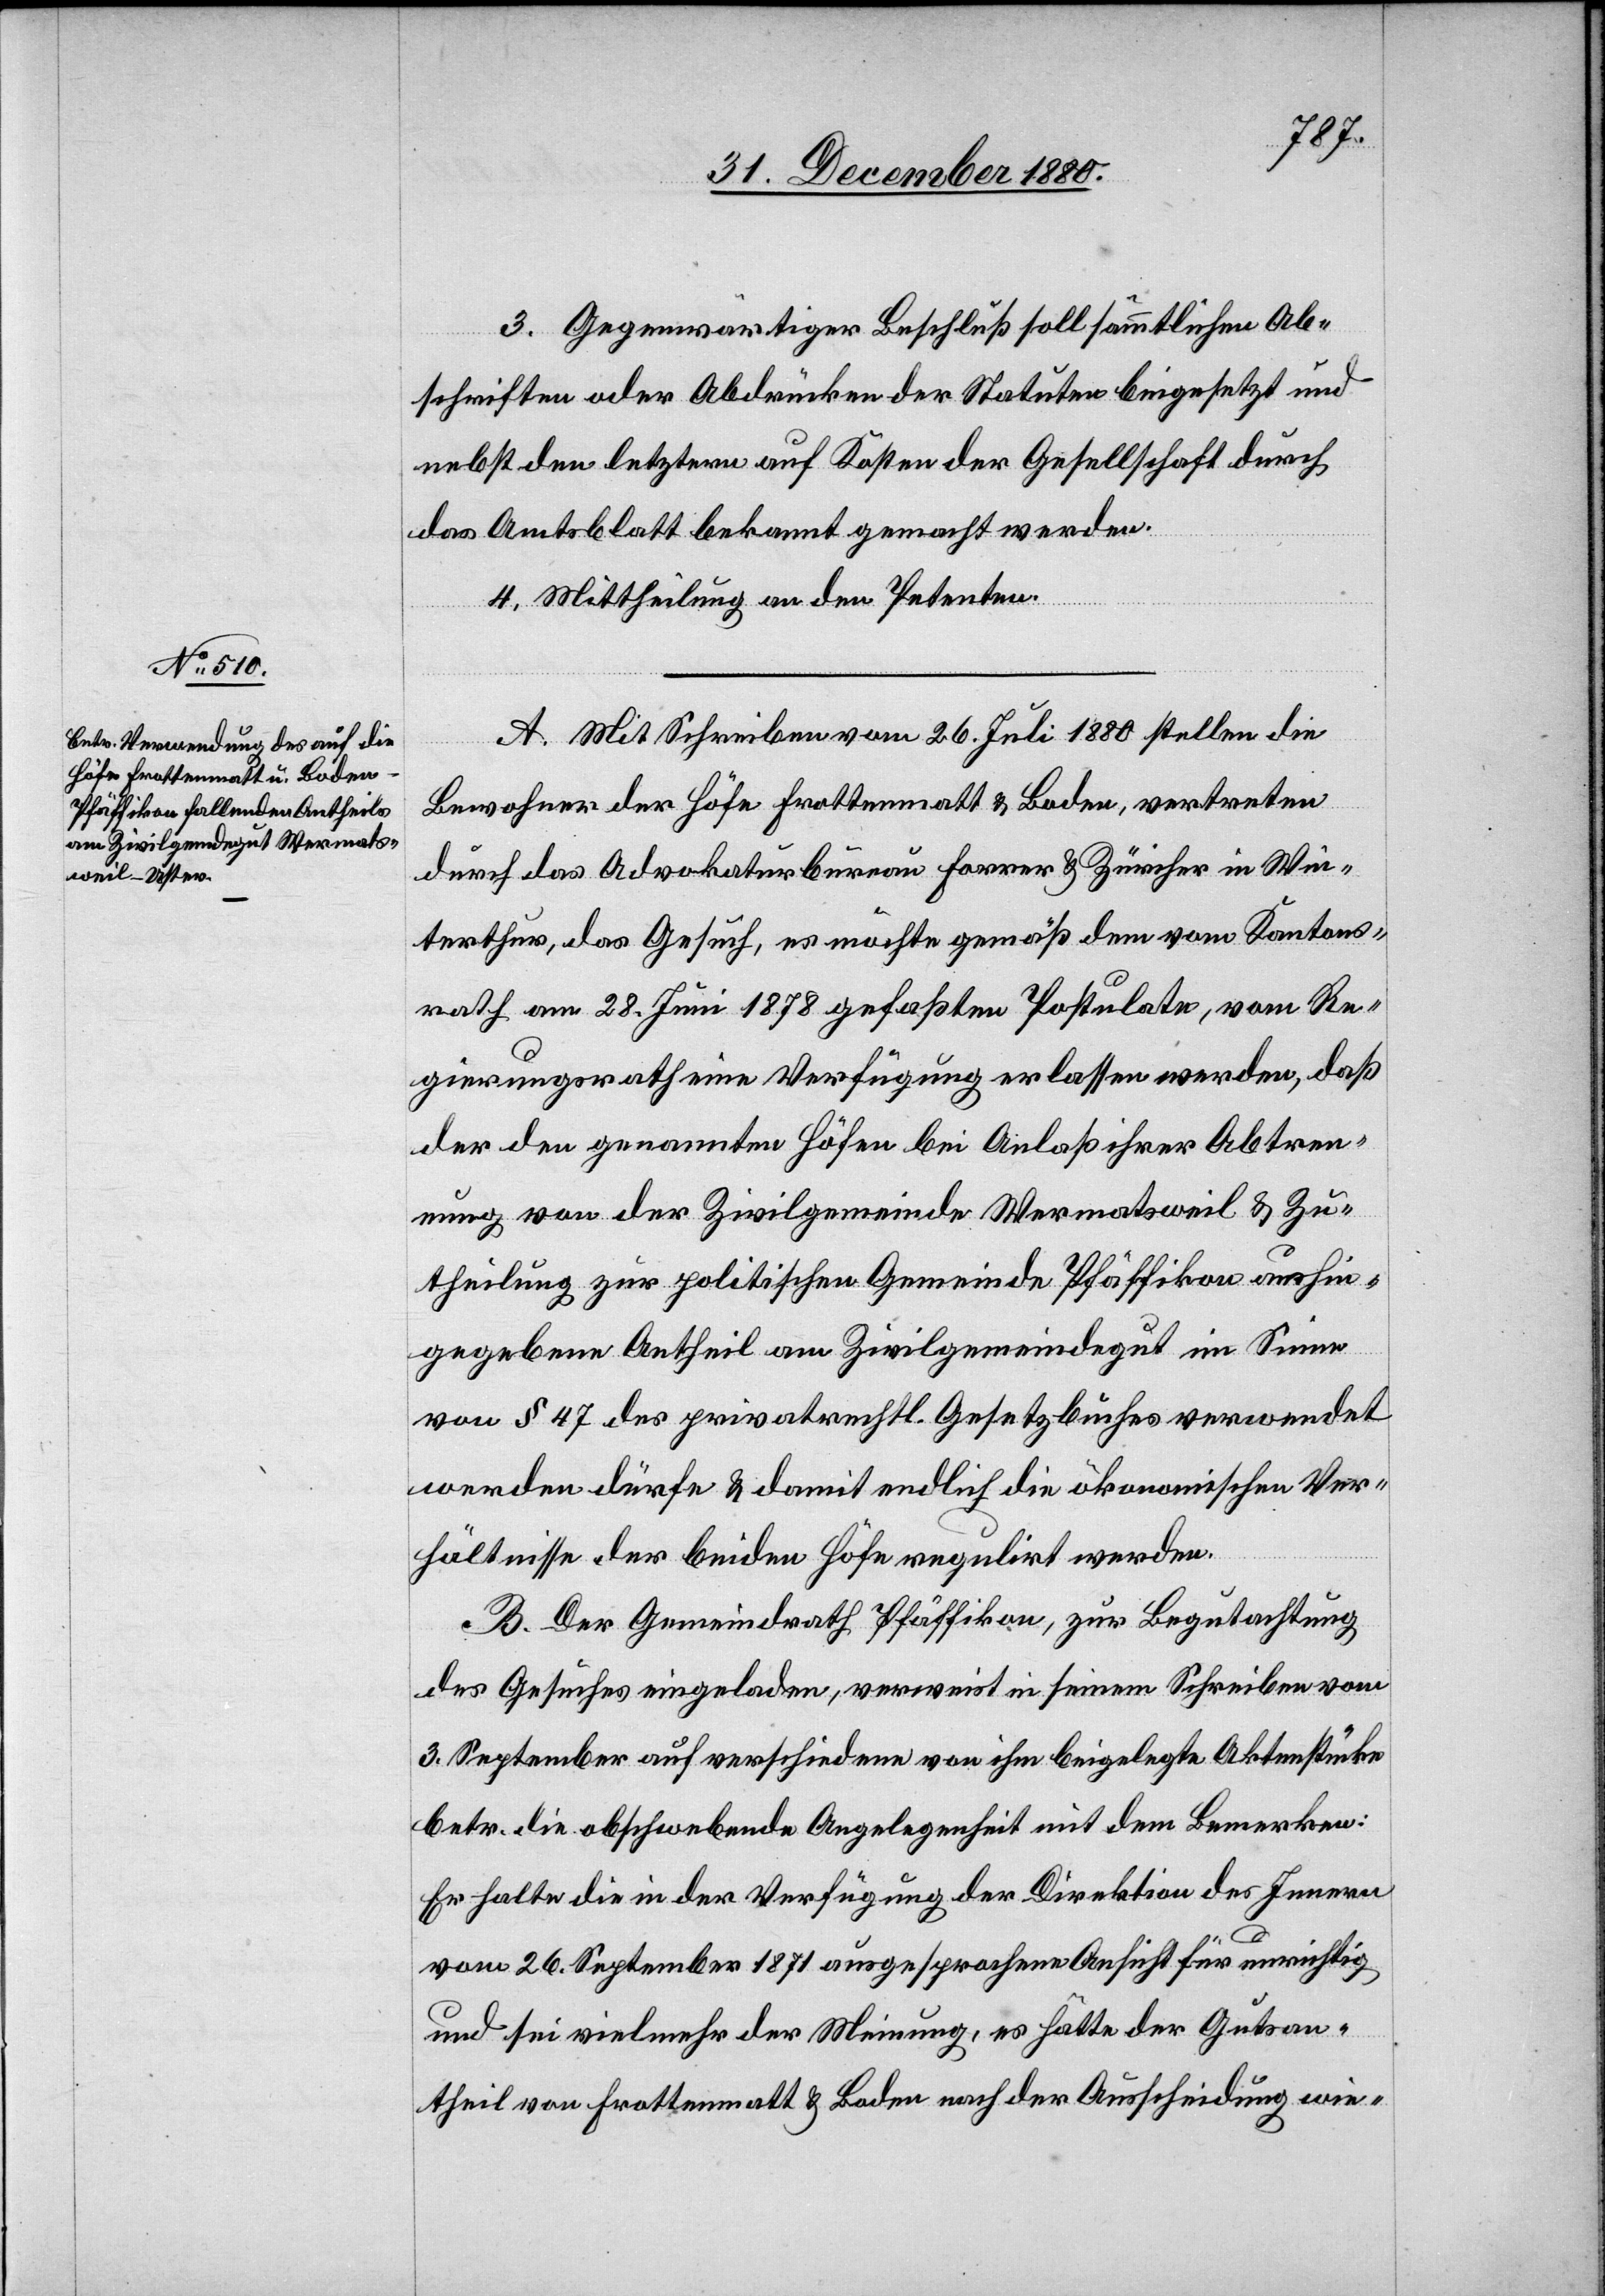
3. Gegenwärtiger Beschluß soll sämmtlichen Ab¬
schriften oder Abdrücken der Statuten beigesetzt und
nebst den letztern auf Kosten der Gesellschaft durch
das Amtsblatt bekannt gemacht werden.
4. Mittheilung an den Petenten.